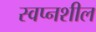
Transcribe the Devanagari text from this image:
स्वप्नशील